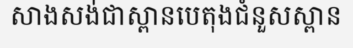
សាងសង់ជាស្ពានបេតុងជំនួសស្ពាន